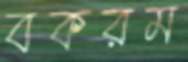
বকরম